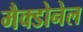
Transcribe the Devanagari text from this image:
मैक्डोनेल